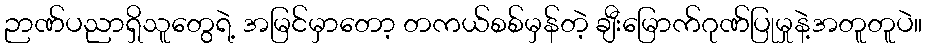
ဉာဏ်ပညာရှိသူတွေရဲ့ အမြင်မှာတော့ တကယ်စစ်မှန်တဲ့ ချီးမြောက်ဂုဏ်ပြုမှုနဲ့အတူတူပဲ။